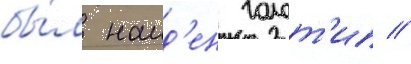
бы́л наид'ен голот'ип //